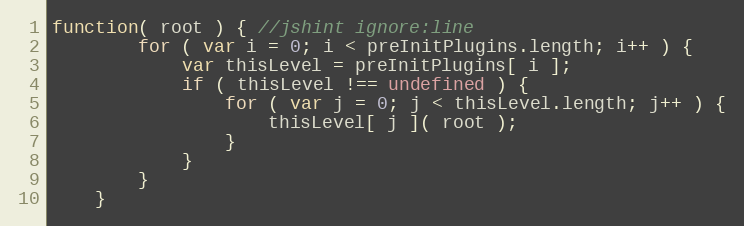
Language: JavaScript
function( root ) { //jshint ignore:line
        for ( var i = 0; i < preInitPlugins.length; i++ ) {
            var thisLevel = preInitPlugins[ i ];
            if ( thisLevel !== undefined ) {
                for ( var j = 0; j < thisLevel.length; j++ ) {
                    thisLevel[ j ]( root );
                }
            }
        }
    }